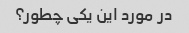
در مورد این یکی چطور؟